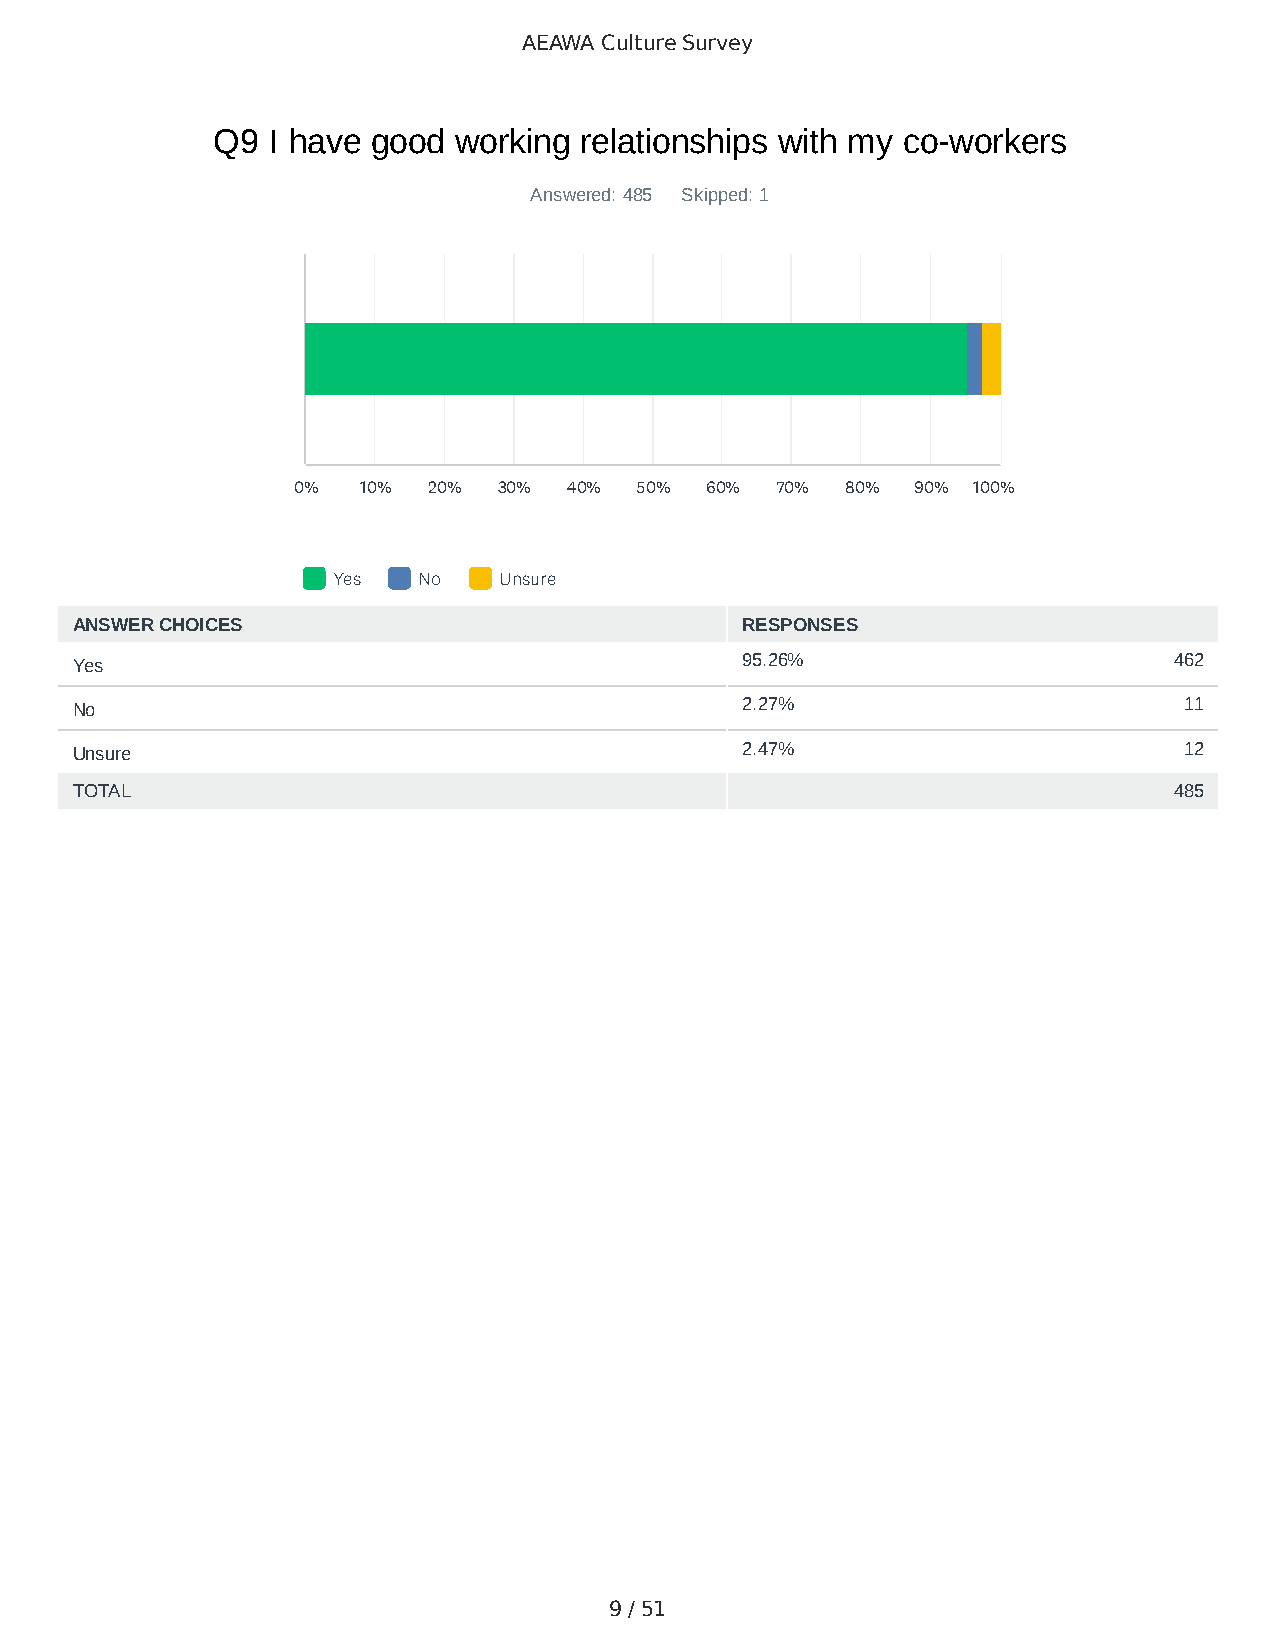
AEAWA Culture Survey
 Q9  I have good working relationships with my co-workers
 Answered: 485 Skipped: 1
 0%   10% 20%  30%  40% 50%  60% 70%  80%  90% 100%
 Yes   No   Unsure
 ANSWER CHOICES                              RESPONSES
 Yes                                         95.26%                       462
 No                                          2.27%                        11
 Unsure                                      2.47%                        12
 TOTAL                                                                    485
 9 / 51